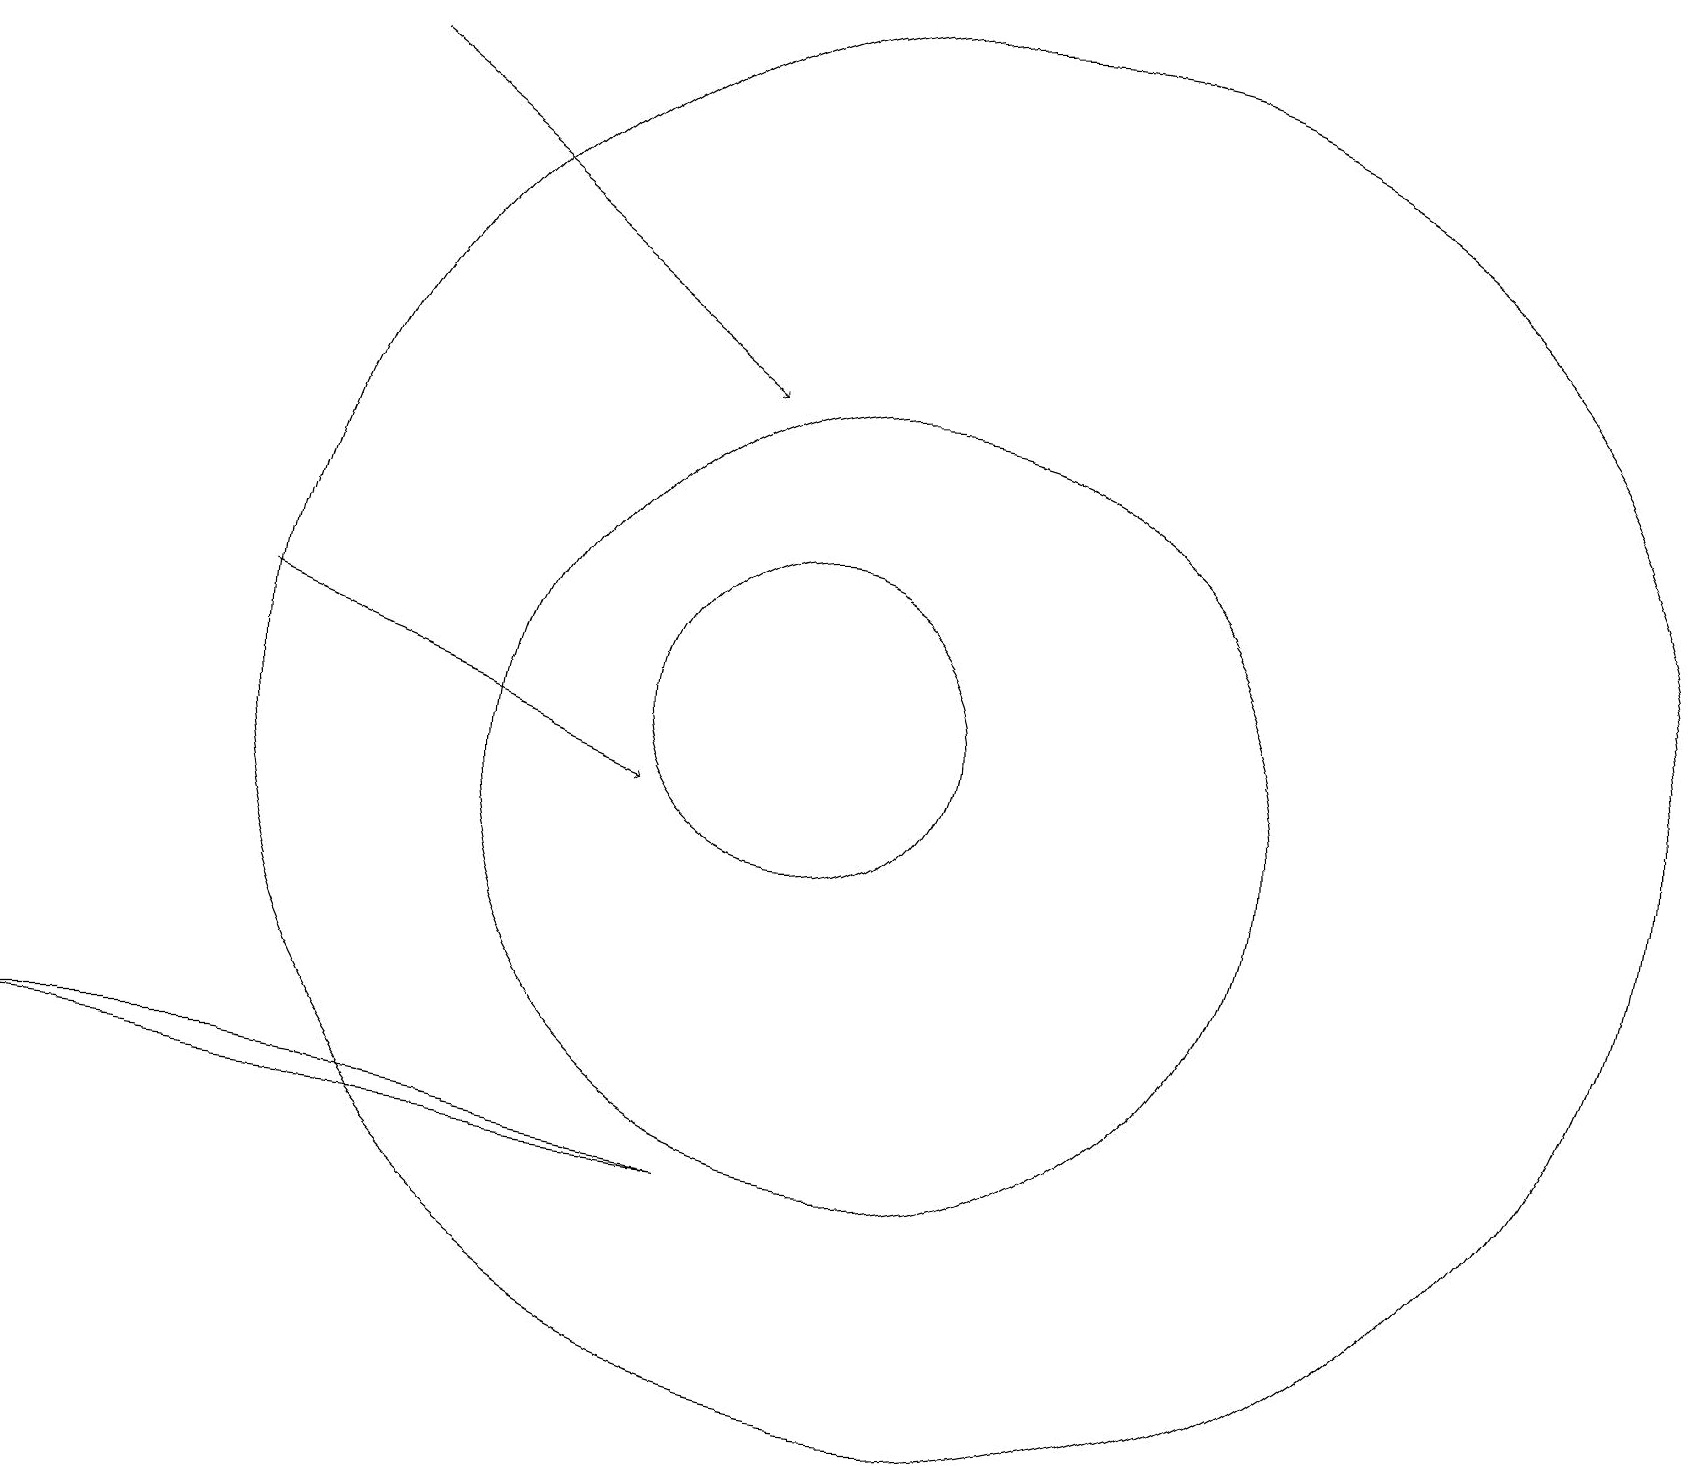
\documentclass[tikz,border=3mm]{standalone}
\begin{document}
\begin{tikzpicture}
\draw (11,10) circle (5);
\draw (12,11) circle (9);
\draw (10,11) circle (2);
\draw[->] (3,12) -- (8,10);
\draw (3,6) -- (0,6) -- (9,5) -- cycle;
\draw[->] (4,19) -- (9,15);
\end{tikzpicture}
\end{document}